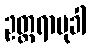
ဥတ္တရာမုခါ